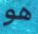
هو